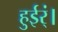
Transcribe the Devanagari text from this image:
हुईर्ं।